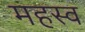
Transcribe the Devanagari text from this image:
महस्व